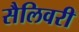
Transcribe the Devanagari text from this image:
सैलिवरी